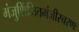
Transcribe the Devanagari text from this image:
मंजुशिंजितमंजीरचरणः